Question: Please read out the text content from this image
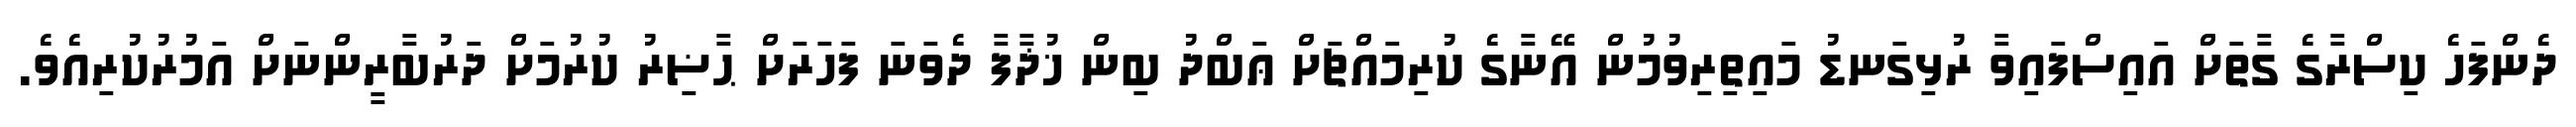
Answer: ދެންފަހެ ކިސްރާގެ ގާތަށް އައިސްފައިވާ ރުޅިގަނޑު މައިތިރިވުމުން އޭނާގެ ކުރިމައްޗަށް ޢަބްދު ބިން ޚުޛާފާ ދެވަނަ ފަހަރަށް ޙާޟިރު ކުރުމަށް ދަރުބާރީންނަށް އަމުރުކުރިއެވެ.